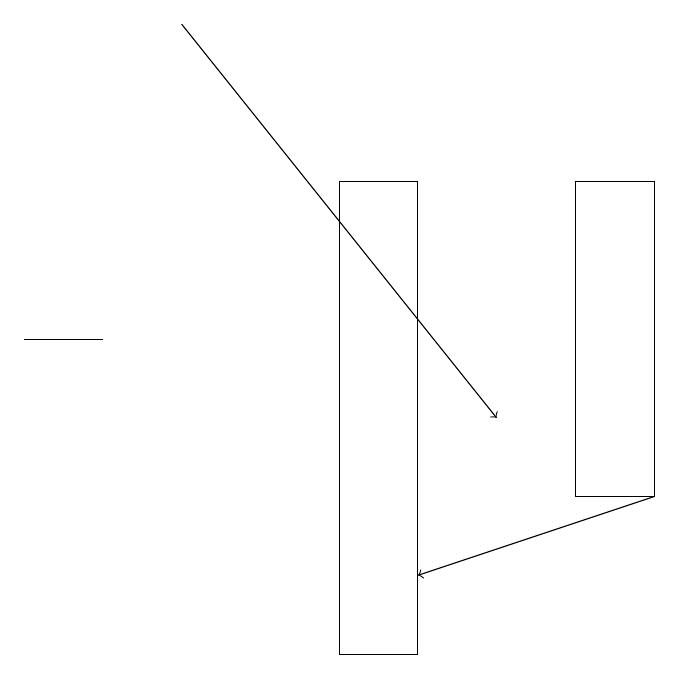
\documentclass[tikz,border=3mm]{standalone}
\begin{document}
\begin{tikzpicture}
\draw[->] (3,19) -- (7,14);
\draw[->] (9,13) -- (6,12);
\draw (6,11) rectangle (5,17);
\draw (8,13) rectangle (9,17);
\draw (2,15) rectangle (1,15);
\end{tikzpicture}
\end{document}